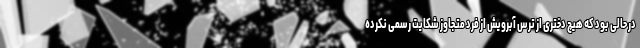
در حالی بود که هیچ دختری از ترس آبرویش از فرد متجاوز شکایت رسمی نکرده